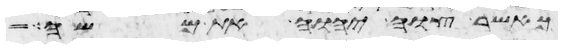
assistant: כאשר צוה יהוה את משה